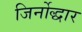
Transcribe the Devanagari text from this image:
जिर्नोद्धार